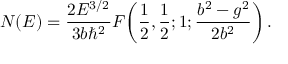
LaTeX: N ( E ) = { \frac { 2 E ^ { 3 / 2 } } { 3 b \hbar ^ { 2 } } } F \! \left( { \frac { 1 } { 2 } } , { \frac { 1 } { 2 } } ; 1 ; { \frac { b ^ { 2 } - g ^ { 2 } } { 2 b ^ { 2 } } } \right) .